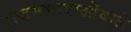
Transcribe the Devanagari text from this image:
राजसभावाओंवाले